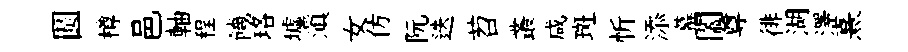
圆樽邑軸程饑珞墟滇女仿阮迭苕叢咸斑忻添幕闔尊徘湖澤熹